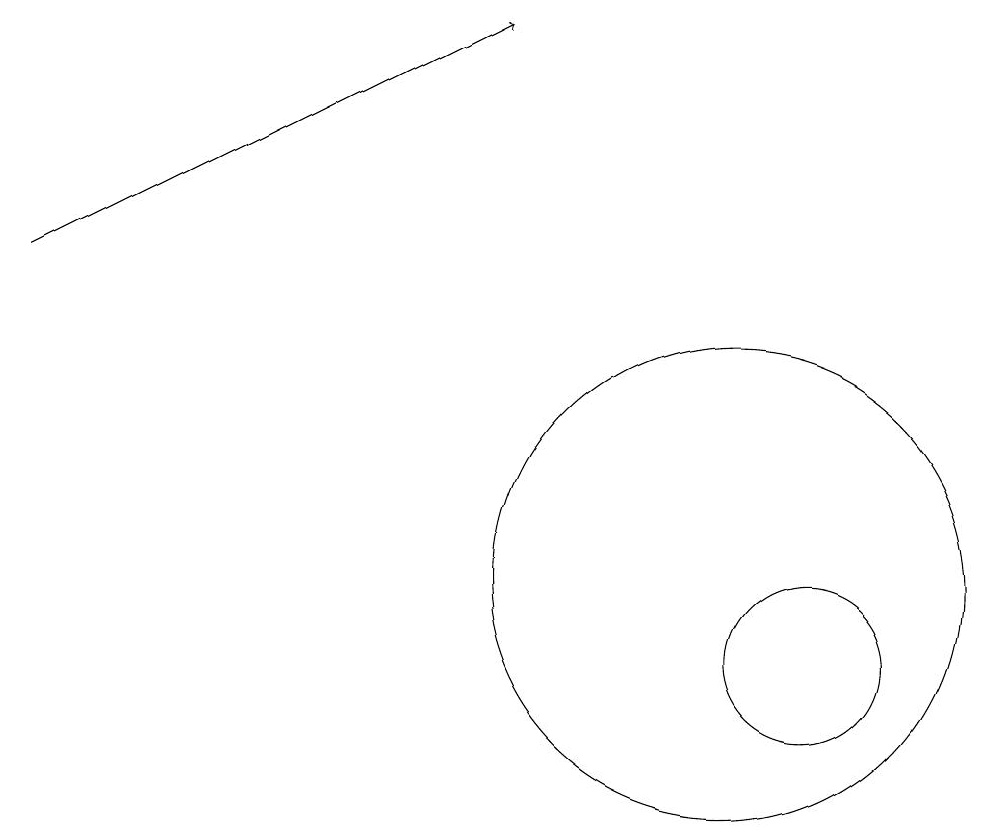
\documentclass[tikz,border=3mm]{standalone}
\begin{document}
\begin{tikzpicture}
\draw (10,12) circle (3);
\draw[->] (1,16) -- (7,19);
\draw (11,11) circle (1);
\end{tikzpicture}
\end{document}